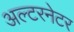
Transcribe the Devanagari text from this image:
अल्‍टरनेटर